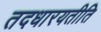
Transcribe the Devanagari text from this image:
तदधारयतीति